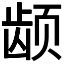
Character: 𬺂